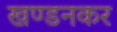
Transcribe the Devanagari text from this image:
खण्डनकर